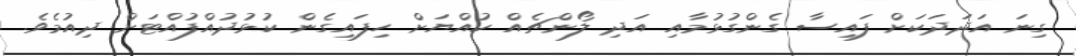
ގިނަ އަދަދަކަށް ފައިސާ ގެންގުޅުމާއި އަދި ލޯންޗެއް ކުއްޔަށް ހިފައިގެން ކުޅުދުއްފުއްޓަށް ދިއުމެވެ.